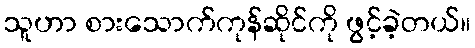
သူဟာ စားသောက်ကုန်ဆိုင်ကို ဖွင့်ခဲ့တယ်။